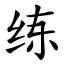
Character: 练